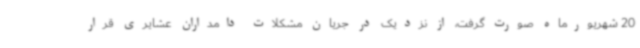
20 شهریورماه صورت گرفت، از نزدیک در جریان مشکلات دامداران عشایری قرار